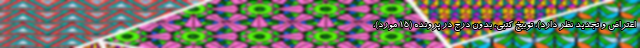
اعتراض و تجدید نظر دارد)، توبیخ کتبی، بدون درج در پرونده (۱۵ مورد)،